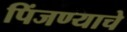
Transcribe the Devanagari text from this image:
पिंजण्याचे